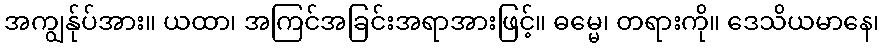
အကျွန်ုပ်အား။ ယထာ၊ အကြင်အခြင်းအရာအားဖြင့်။ ဓမ္မေ၊ တရားကို။ ဒေသိယမာနေ၊